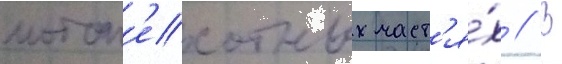
мотоп'ехотных част'я́х // В